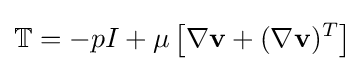
\mathbb {T} =-pI+\mu \left[\nabla {\bf {v}}+(\nabla {\bf {v}})^{T}\right]